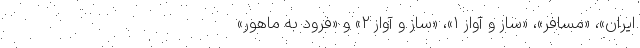
ایران»، «مسافر»، «ساز و آواز ۱»، «ساز و آواز ۲» و «فرود به ماهور»